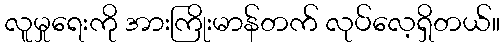
လူမှုရေးကို အားကြိုးမာန်တက် လုပ်လေ့ရှိတယ်။